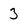
Character: 3